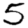
Digit: 5